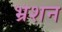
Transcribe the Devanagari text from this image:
भ्रशन